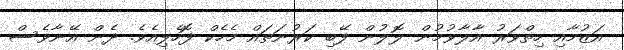
އަޒުމާއި ހިތްވަރު އާލާވުމުން ލޮލުން ފޭބި ކަރުނަތައް މެހެކް ފޮހެލިއެވެ. ދެން އޭނާވެސް